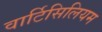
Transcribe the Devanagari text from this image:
वार्टिसिलियम